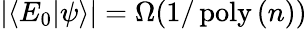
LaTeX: |\langle E_{0}|\psi\rangle|=\Omega(1/\operatorname{poly}\left(n\right))